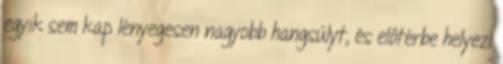
egyik sem kap lényegesen nagyobb hangsúlyt, és előtérbe helyezi